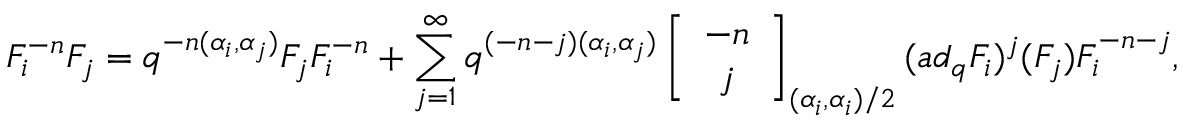
F _ { i } ^ { - n } F _ { j } = q ^ { - n ( \alpha _ { i } , \alpha _ { j } ) } F _ { j } F _ { i } ^ { - n } + \sum _ { j = 1 } ^ { \infty } q ^ { ( - n - j ) ( \alpha _ { i } , \alpha _ { j } ) } \left[ \begin{array} { c } { { - n } } \\ { { j } } \end{array} \right] _ { ( \alpha _ { i } , \alpha _ { i } ) / 2 } ( a d _ { q } F _ { i } ) ^ { j } ( F _ { j } ) F _ { i } ^ { - n - j } ,